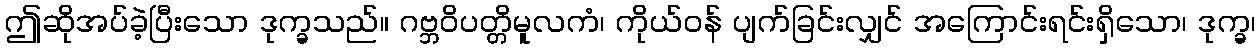
ဤဆိုအပ်ခဲ့ပြီးသော ဒုက္ခသည်။ ဂဗ္ဘဝိပတ္တိမူလကံ၊ ကိုယ်ဝန် ပျက်ခြင်းလျှင် အကြောင်းရင်းရှိသော၊ ဒုက္ခ၊